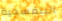
البنفسجية